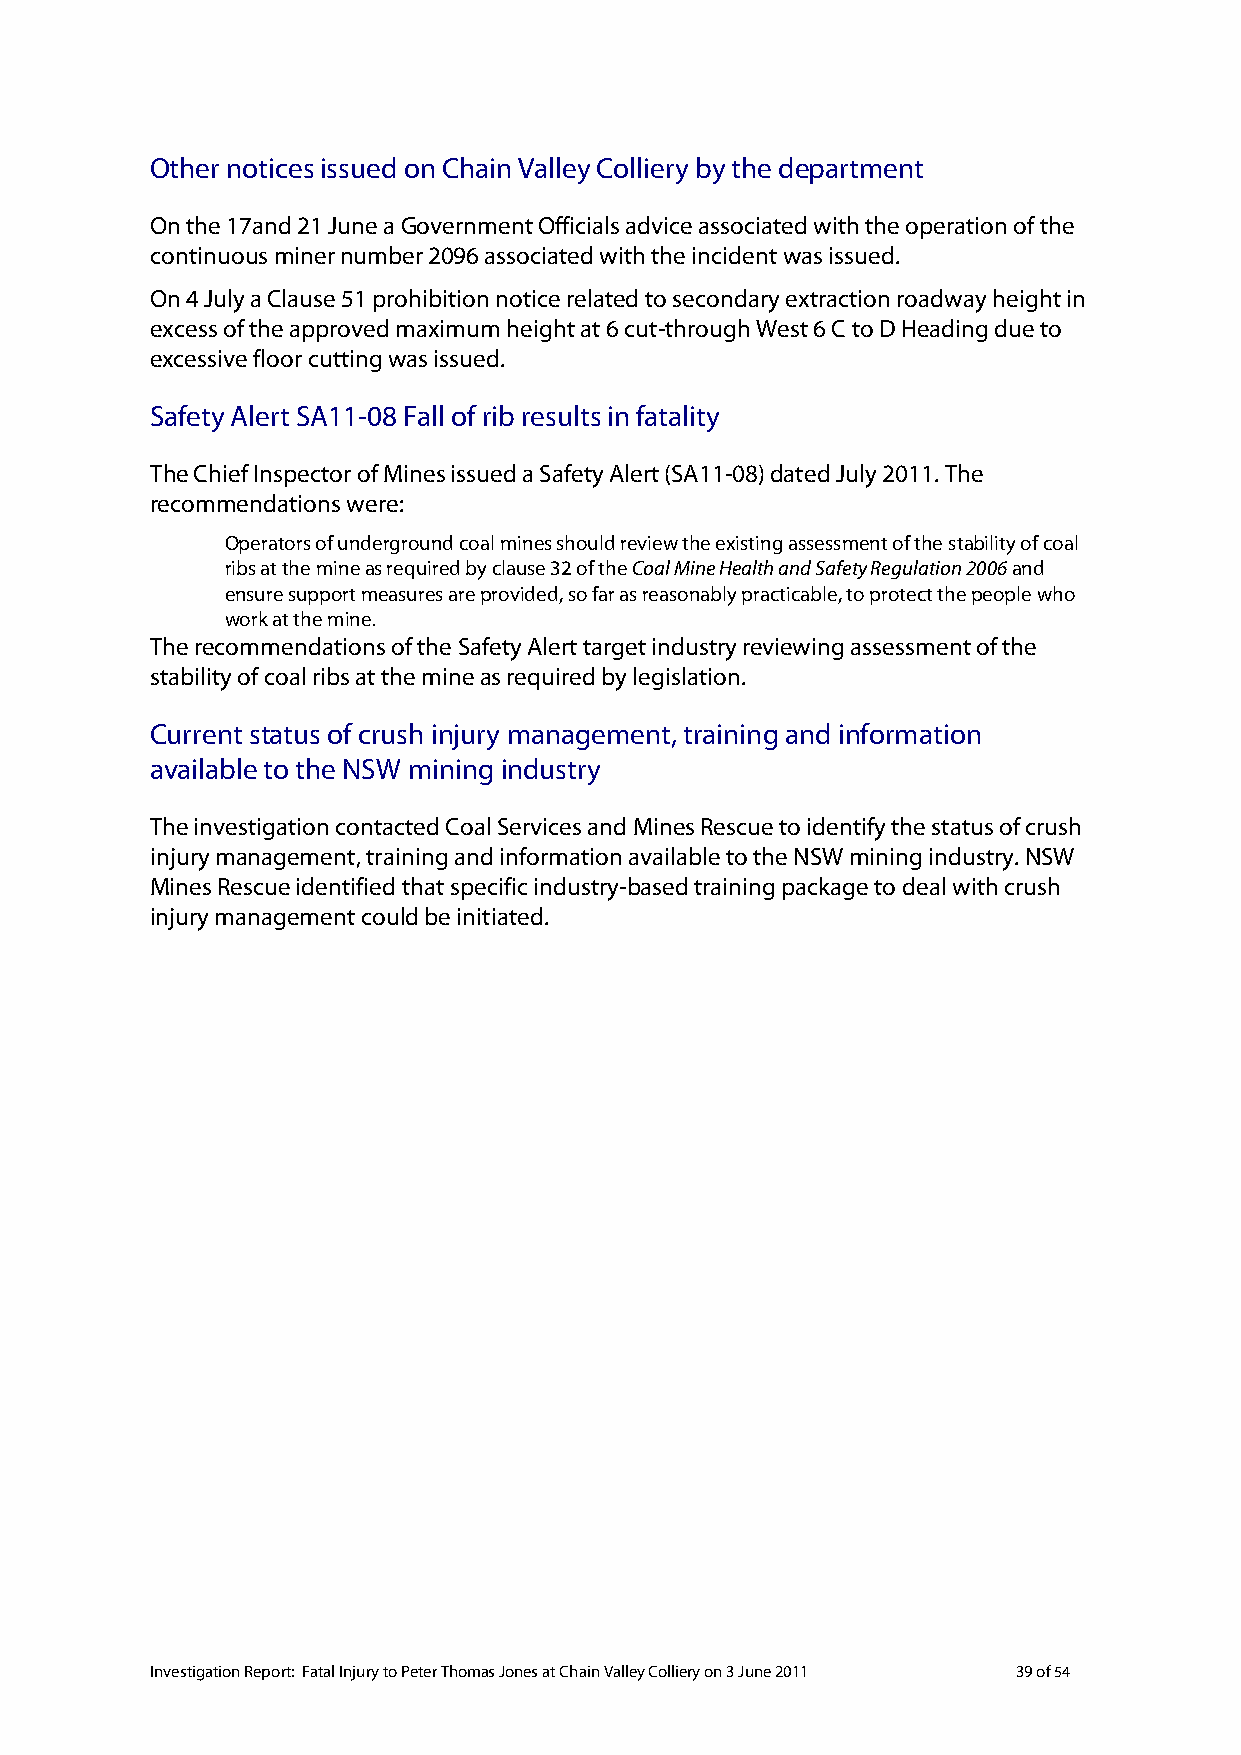
Other notices issued on Chain Valley Colliery by the department
 On the 17and 21 June a Government Officials advice associated with the operation of the
 continuous miner number 2096 associated with the incident was issued.
 On 4 July a Clause 51 prohibition notice related to secondary extraction roadway height in
 excess of the approved maximum height at 6 cut-through West 6 C to D Heading due to
 excessive floor cutting was issued.
 Safety Alert SA11-08 Fall of rib results in fatality
 The Chief Inspector of Mines issued a Safety Alert (SA11-08) dated July 2011. The
 recommendations were:
 Operators of underground coal mines should review the existing assessment of the stability of coal
 ribs at the mine as required by clause 32 of the Coal Mine Health and Safety Regulation 2006 and
 ensure support measures are provided, so far as reasonably practicable, to protect the people who
 work at the mine.
 The recommendations of the Safety Alert target industry reviewing assessment of the
 stability of coal ribs at the mine as required by legislation.
 Current status of crush injury management, training and information
 available to the NSW mining industry
 The investigation contacted Coal Services and Mines Rescue to identify the status of crush
 injury management, training and information available to the NSW mining industry. NSW
 Mines Rescue identified that specific industry-based training package to deal with crush
 injury management could be initiated.
 Investigation Report: Fatal Injury to Peter Thomas Jones at Chain Valley Colliery on 3 June 2011 39 of 54